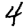
Digit: 4